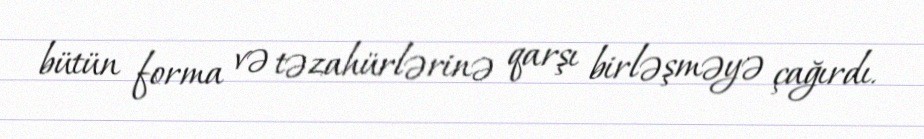
bütün forma və təzahürlərinə qarşı birləşməyə çağırdı.